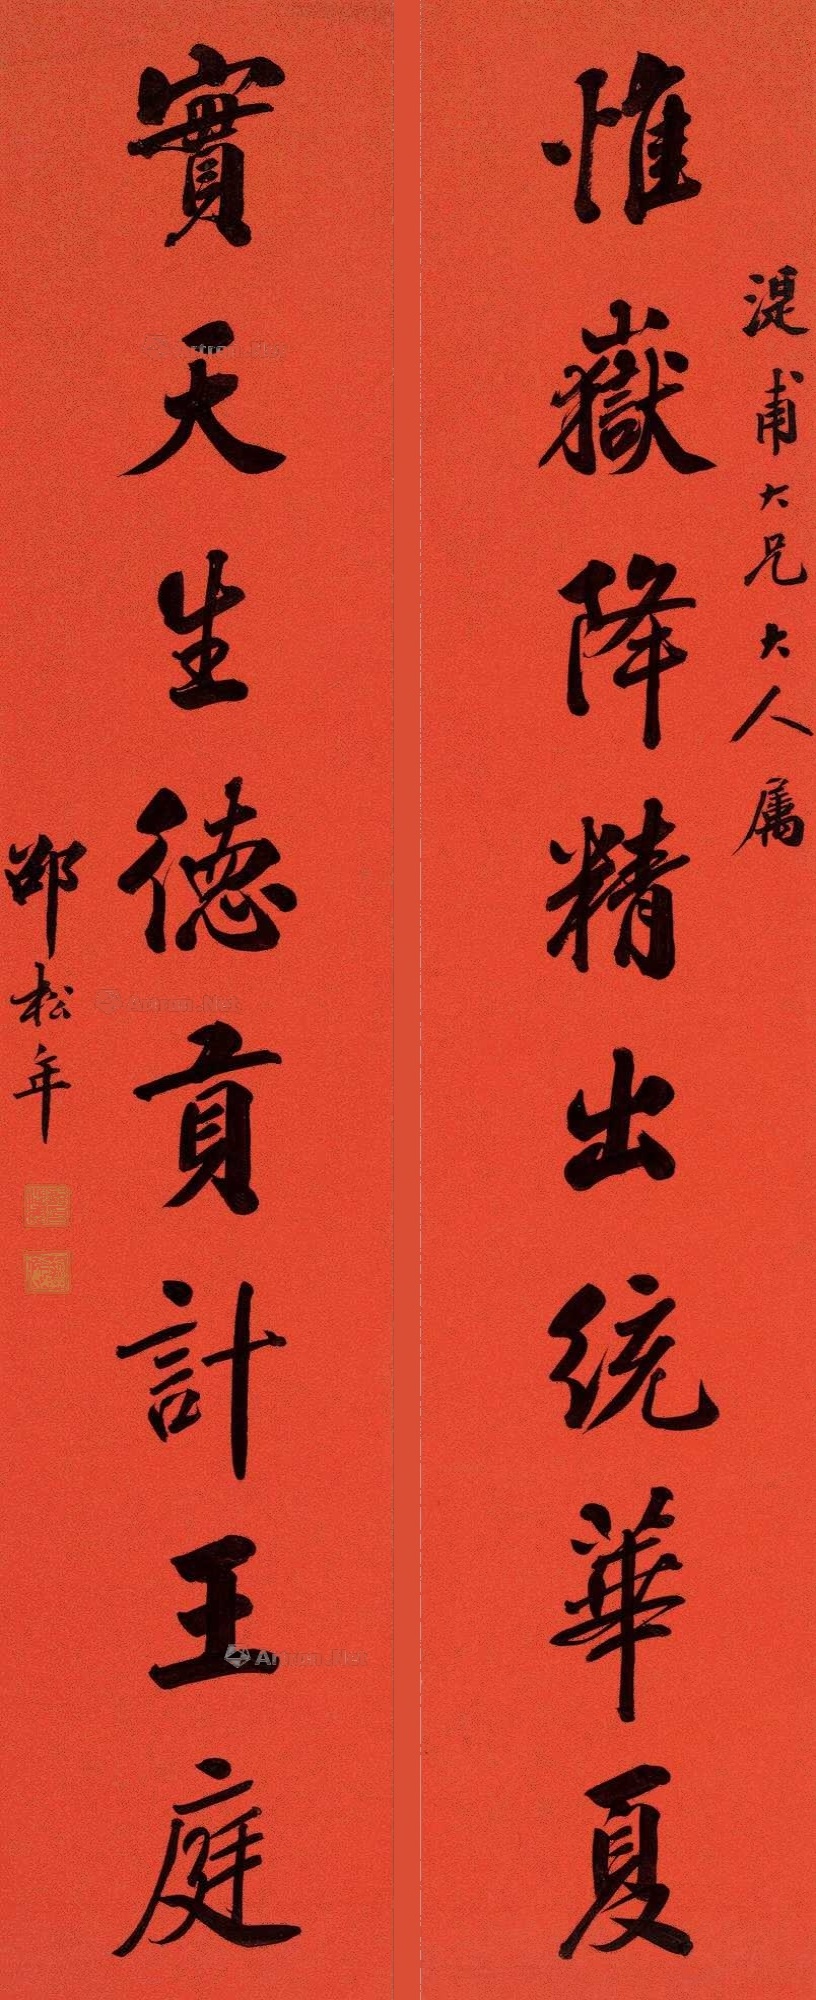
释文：惟岳降精出统华夏，实天生德贡计王庭。湜甫大兄大人属，邵松年。